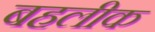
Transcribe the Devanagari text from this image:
बहलीक